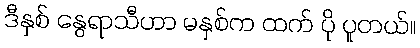
ဒီနှစ် နွေရာသီဟာ မနှစ်က ထက် ပို ပူတယ်။